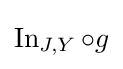
\operatorname {In} _{J,Y}\circ g